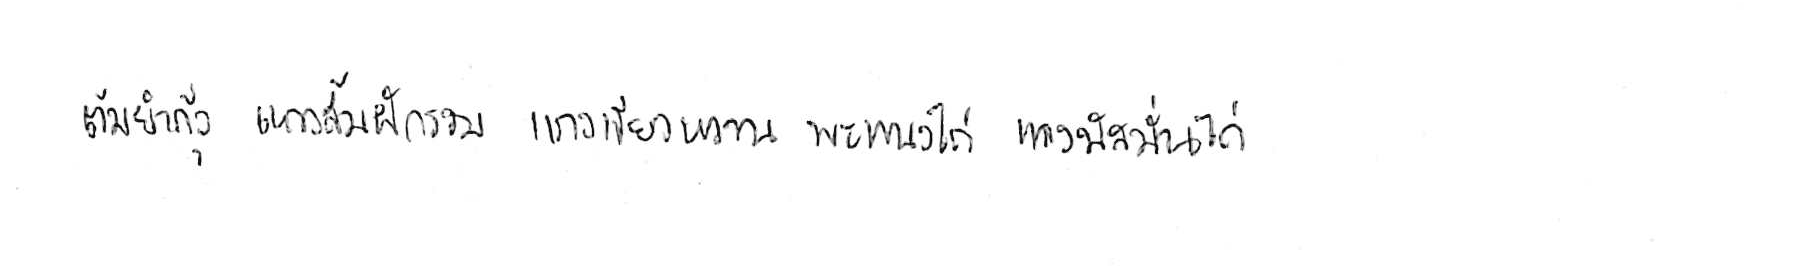
ต้มยำกุ้ง แกงส้มผักรวม แกงเขียวหวาน พะแนงไก่ แกงมัสมั่นไก่